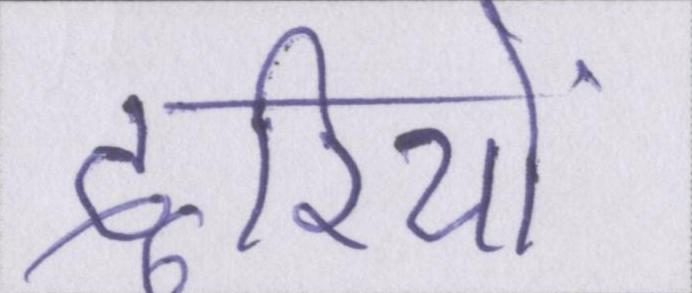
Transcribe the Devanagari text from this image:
दूरियों